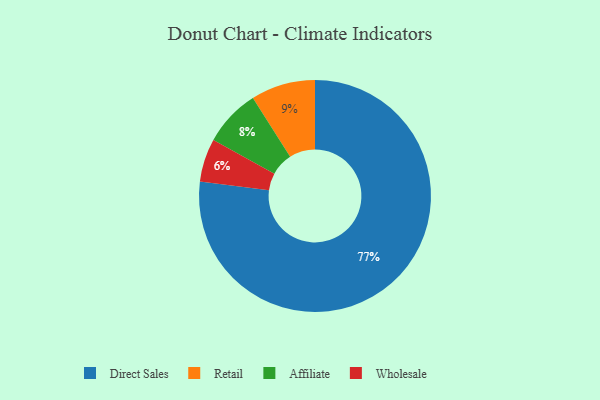
{"axis": {"x": "Category", "y": "Percentage"}, "legend": ["Affiliate", "Direct Sales", "Retail", "Wholesale"], "data": [{"x": "Retail", "y": 9, "type": "Retail"}, {"x": "Affiliate", "y": 8, "type": "Affiliate"}, {"x": "Wholesale", "y": 6, "type": "Wholesale"}, {"x": "Direct Sales", "y": 77, "type": "Direct Sales"}]}